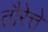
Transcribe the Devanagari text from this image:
तौरेत्ते